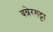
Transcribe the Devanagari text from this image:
बन्नेरगट्टा